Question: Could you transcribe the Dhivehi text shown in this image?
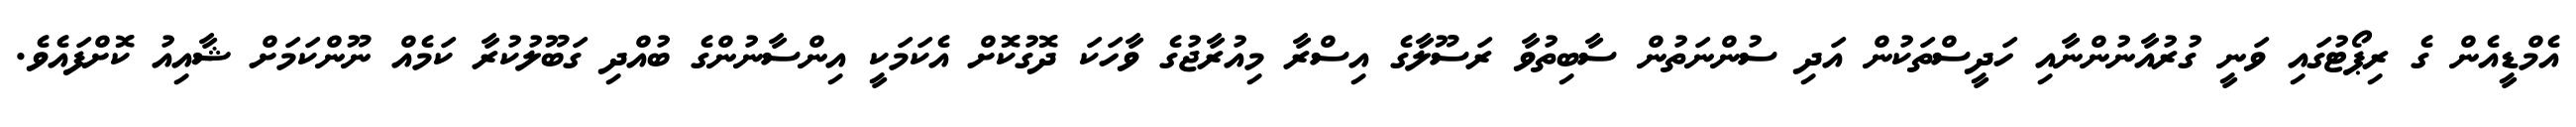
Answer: އެމްޑީއެން ގެ ރިޕޯޓުގައި ވަނީ ގުރުއާނުންނާއި ހަދީސްތަކުން އަދި ސުންނަތުން ސާބިތުވާ ރަސޫލާގެ އިސްރާ މިއުރާޖުގެ ވާހަކަ ދޮގުކޮށް އެކަމަކީ އިންސާނުންގެ ބުއްދި ގަބޫލުކުރާ ކަމެއް ނޫންކަމަށް ޝާއިއު ކޮށްފައެވެ.